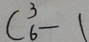
C ^ { 3 } _ { 6 } - 1